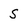
Character: S